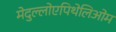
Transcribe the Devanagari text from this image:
मेदुल्लोएपिथेलिओम